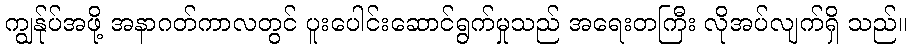
ကျွန်ုပ်အဖို့ အနာဂတ်ကာလတွင် ပူးပေါင်းဆောင်ရွက်မှုသည် အရေးတကြီး လိုအပ်လျက်ရှိ သည်။